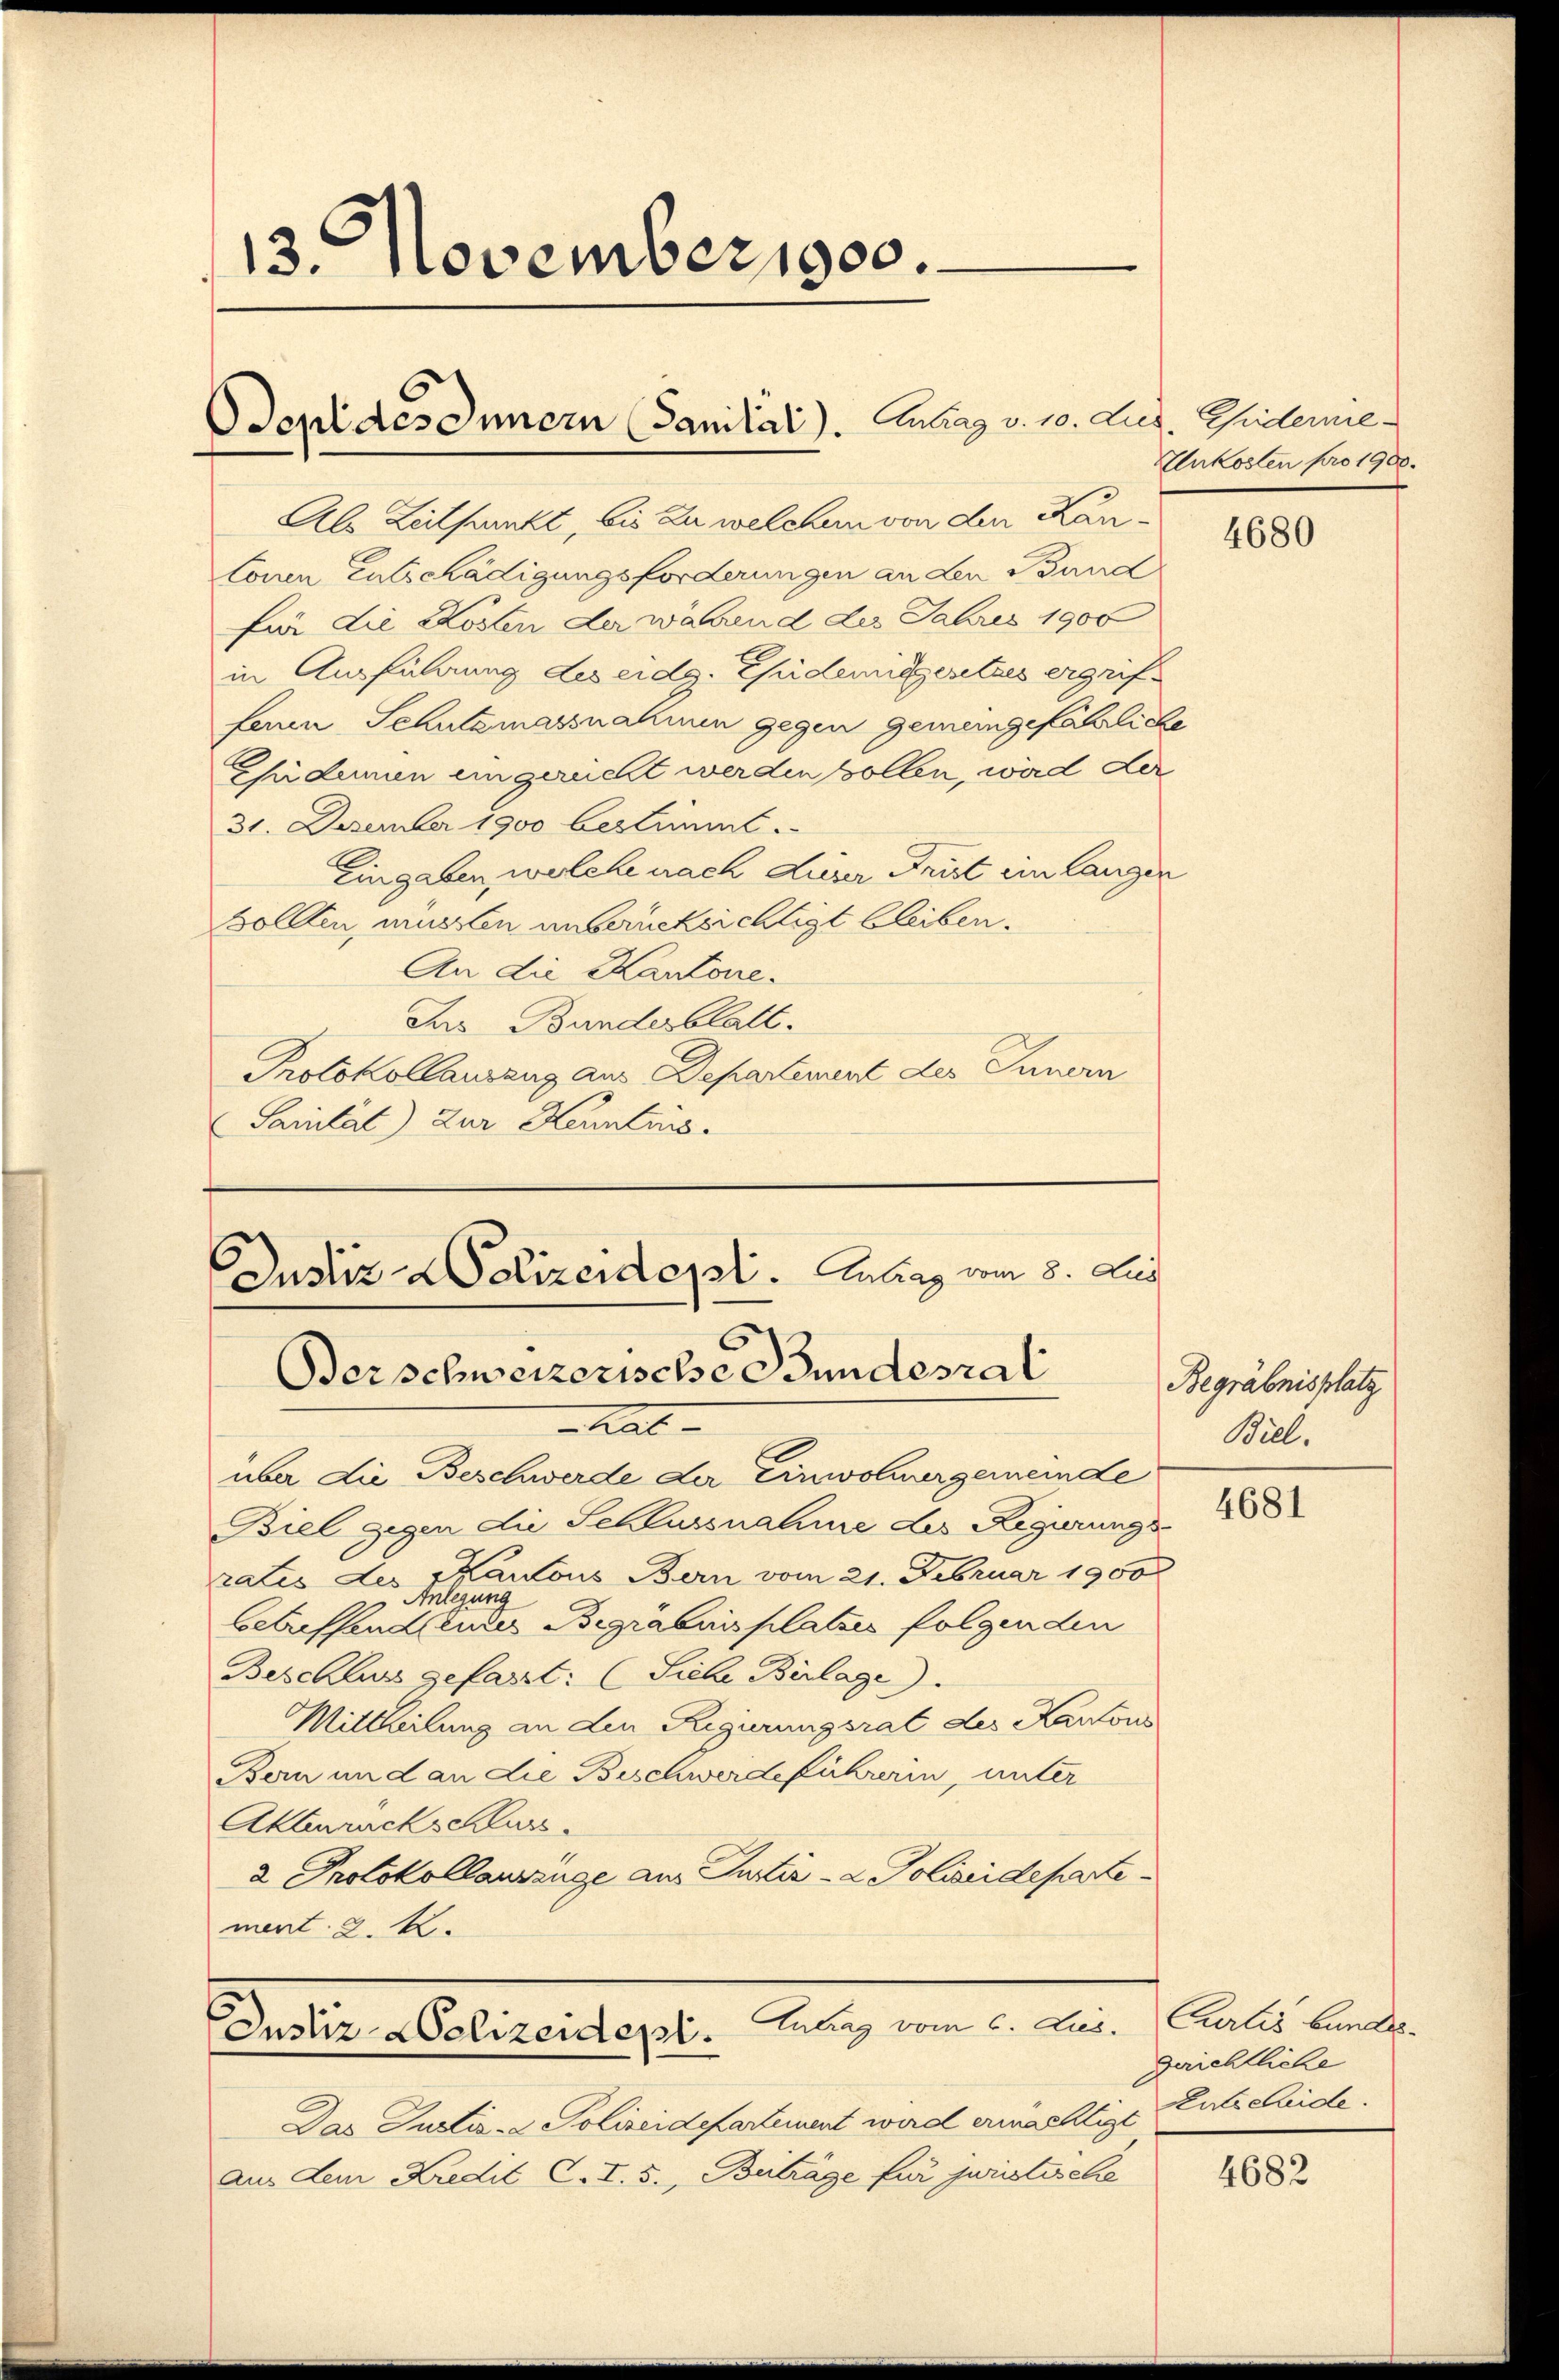
13. November 1900.

Odepl des Innern Sanität). Antrag v. 10. Aug. Giiternie¬

Als Zeitpunkt, bis zu welchen von den Kanlonen Entschädigungsforderungen an den Bund
für die Kosten der während des Jahres 1900
in Ausführung des eidg. Epidemitgesetzes ergriffenen Schutzmassnahmen gegen Gemeingefährliche
Epidemen eingerückt werden sollen, wird der
31. Dezember 1900 bestimmt.
Eingaben, welche nach dieser Frist ein langen
Sollten, mussten unberücksichtigt bleiben.
An die Kantone.
Jus Bandesblatt.
Protokollauszug aus Departement des Innern
Sanität) Zur Kenntnis.

Justiz- & Polizeidepl. Antrag vom 8. Jus
Berschweizerischer Bundesrat

Antrag vom 6. dus.
Justiz-Colizeidepl.

Rat
über die Beschwerde der Einwohnergemeinde
Biel gegen die Schlussnahme des Regierungs-
rates der Kantons Bern vom 21. Februar 1900
Anlegung
betreffend Eurer Begrabuisplatzes folgenden
Beschluss gefasst: (Siehe Beilage).
Mittheilung an den Regierungsrat des Kantons
Bern und an die Beschwerdeführerin, unter
Aktruckschluss.
2 Protokollauszüge am Justiz- & Polizeideparte
ment. 2. 4.

Das Justiz- & Polizeidepartement wird ermächtige Entscheide.
aus dem Kredit C. I. S., Beträge für juristische

Unkosten pro 1900.

4680

Begräbnisplatz
Bill.

4681

Carlis bundes.
gerichtliche

4682